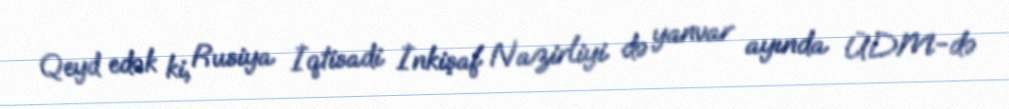
Qeyd edək ki, Rusiya İqtisadi İnkişaf Nazirliyi də yanvar ayında ÜDM-də